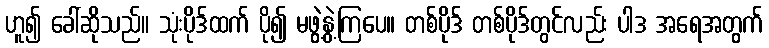
ဟူ၍ ခေါ်ဆိုသည်။ သုံးပိုဒ်ထက် ပို၍ မဖွဲ့နွဲ့ကြပေ။ တစ်ပိုဒ် တစ်ပိုဒ်တွင်လည်း ပါဒ အရေအတွက်